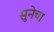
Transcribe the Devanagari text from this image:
सुनेचा